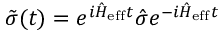
\Tilde { \sigma } ( t ) = e ^ { i \hat { H } _ { \mathrm { e f f } } t } \hat { \sigma } e ^ { - i \hat { H } _ { \mathrm { e f f } } t }